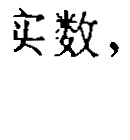
实数，